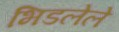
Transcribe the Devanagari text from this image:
भिडलेले